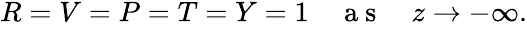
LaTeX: \begin{array}{r}{R=V=P=T=Y=1\quad\mathrm{~a~s~}\quad z\to-\infty.}\end{array}